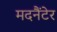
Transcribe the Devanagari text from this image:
मदनैंटेर